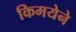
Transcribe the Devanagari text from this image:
किमयेने